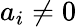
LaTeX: a_{i}\neq 0